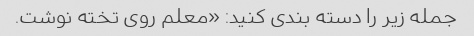
جمله زیر را دسته بندی کنید: «معلم روی تخته نوشت.